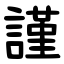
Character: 謹